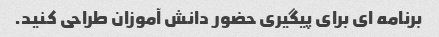
برنامه ای برای پیگیری حضور دانش آموزان طراحی کنید.